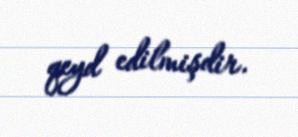
qeyd edilmişdir.